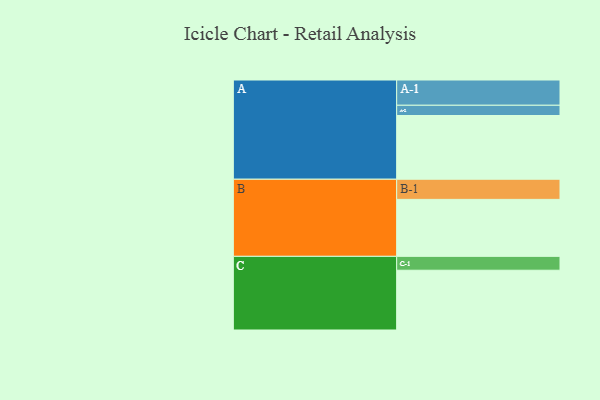
{"axis": {"x": "Segment", "y": "Value"}, "legend": ["", "A", "B", "C"], "data": [{"x": "A", "y": 386, "type": ""}, {"x": "B", "y": 345, "type": ""}, {"x": "C", "y": 362, "type": ""}, {"x": "A-1", "y": 153, "type": "A"}, {"x": "A-2", "y": 62, "type": "A"}, {"x": "B-1", "y": 122, "type": "B"}, {"x": "C-1", "y": 84, "type": "C"}]}